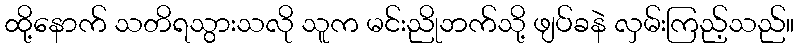
ထို့နောက် သတိရသွားသလို သူက မင်းညိုဘက်သို့ ဖျပ်ခနဲ လှမ်းကြည့်သည်။